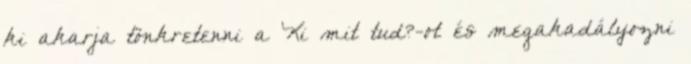
ki akarja tönkretenni a Ki mit tud?-ot és megakadályozni